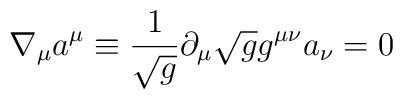
\nabla_\mu a^\mu \equiv {1 \over \sqrt g}\partial_\mu \sqrt g g^{\mu\nu} a_\nu = 0